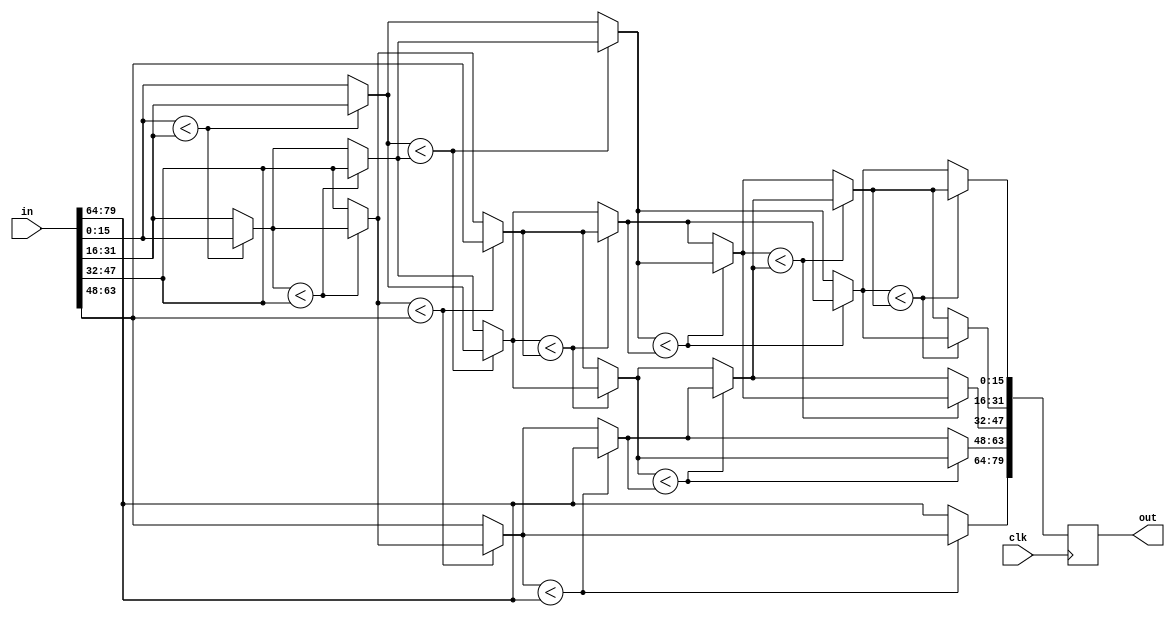
module sort #(parameter NUM_VALS = 5,
              parameter SIZE = 16)
            (input wire clk,
              input wire [NUM_VALS*SIZE-1:0] in,
              output reg [NUM_VALS*SIZE-1:0] out);
    reg [NUM_VALS*SIZE-1:0] sorted_bus;
    always @(posedge clk) begin
        out <= sorted_bus;
    end
    
    integer i, j;
    reg [SIZE-1:0] temp;
    reg [SIZE-1:0] array [1:NUM_VALS];
    always @* begin
        for (i = 0; i < NUM_VALS; i = i + 1) begin
            array[i+1] = in[i*SIZE +: SIZE];
        end
        
        for (i = NUM_VALS; i > 0; i = i - 1) begin
            for (j = 1 ; j < i; j = j + 1) begin
                if (array[j] < array[j + 1]) begin
                    temp         = array[j];
                    array[j]     = array[j + 1];
                    array[j + 1] = temp;
                end
            end
        end
        
        for (i = 0; i < NUM_VALS; i = i + 1) begin
            sorted_bus[i*SIZE +: SIZE] = array[i+1];
        end
    end
endmodule